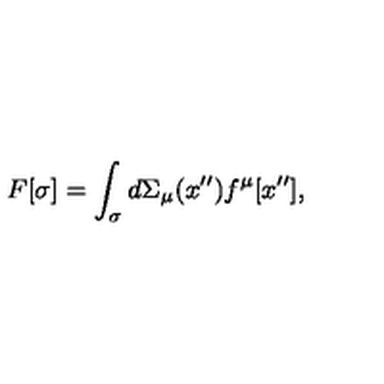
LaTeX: F [ \sigma ] = \int _ { \sigma } { d \Sigma _ { \mu } ( x ^ { \prime \prime } ) f ^ { \mu } [ x ^ { \prime \prime } ] } ,